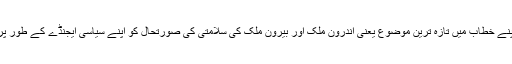
اس کے لیے وہ اپنے خطاب میں تازہ ترین موضوع یعنی اندرون ملک اور بیرون ملک کی سلامتی کی صورتحال کو اپنے سیاسی ایجنڈے کے طور پر پیش کریں گے۔